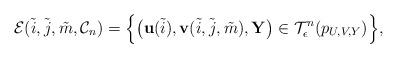
LaTeX: \begin{align*}\mathcal{E}(\tilde{i},\tilde{j},\tilde{m},\mathcal{C}_n)=\Big\{\big(\mathbf{u}(\tilde{i}),\mathbf{v}(\tilde{i},\tilde{j},\tilde{m}),\mathbf{Y}\big)\in\mathcal{T}_\epsilon^{n}(p_{U,V,Y})\Big\},\end{align*}